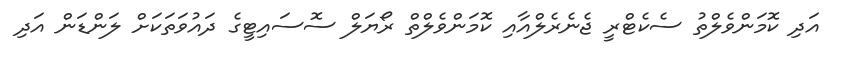
އަދި ކޮމަންވެލްތު ސެކެޓްރީ ޖެނެރެލްއާއި ކޮމަންވެލްތް ރޯޔަލް ސޮސައިޓީގެ ދައުވަތަކަށް ލަންޑަން އަދި